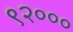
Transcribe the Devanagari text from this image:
९२०००